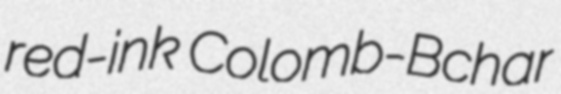
red-ink Colomb-Bchar